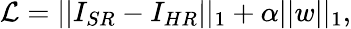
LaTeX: \mathcal{L}=||I_{SR}-I_{HR}||_{1}+\alpha||w||_{1},